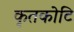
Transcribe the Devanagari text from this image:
कृतकोटि